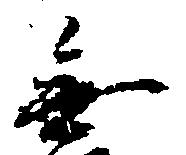
無